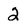
Character: 2